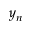
y _ { n }